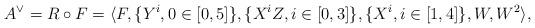
LaTeX: \begin{align*}A^\vee=R\circ F=\langle F, \{Y^i, 0\in [0,5]\},\{X^iZ,i\in [0,3]\}, \{X^i, i\in [1,4]\}, W,W^2\rangle,\end{align*}